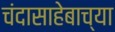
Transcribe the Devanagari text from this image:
चंदासाहेबाच्या